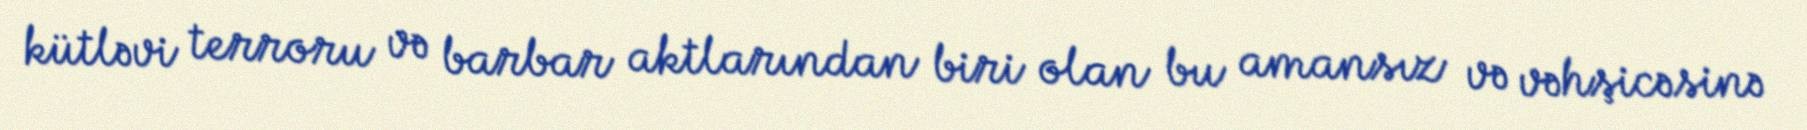
kütləvi terroru və barbar aktlarından biri olan bu amansız və vəhşicəsinə